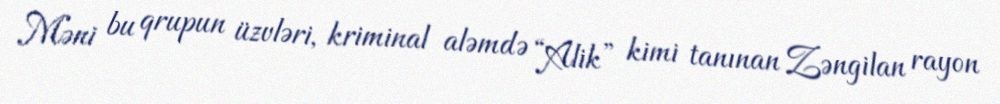
Məni bu qrupun üzvləri, kriminal aləmdə “Alik” kimi tanınan Zəngilan rayon